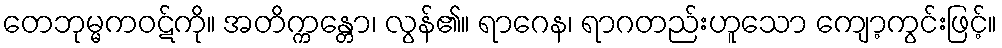
တေဘုမ္မကဝဋ်ကို။ အတိက္ကန္တော၊ လွန်၏။ ရာဂေန၊ ရာဂတည်းဟူသော ကျော့ကွင်းဖြင့်။